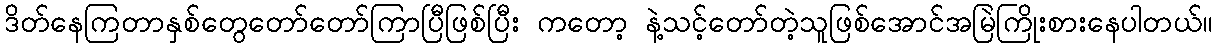
ဒိတ်နေကြတာနှစ်တွေတော်တော်ကြာပြီဖြစ်ပြီး ကတော့ နဲ့သင့်တော်တဲ့သူဖြစ်အောင်အမြဲကြိုးစားနေပါတယ်။